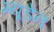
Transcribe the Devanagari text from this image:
म्यूडेन